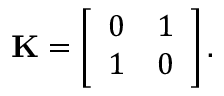
\mathbf { K } = \left[ \begin{array} { l l } { 0 } & { 1 } \\ { 1 } & { 0 } \end{array} \right] .